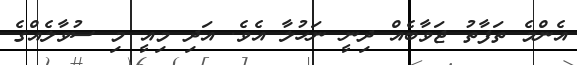
އެންމެ ތަފާތު ޖަވާބެއް ދިނީ ނަހުލާ އެވެ. އަދި މިއީ މި ސުވާލެއްގެ